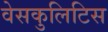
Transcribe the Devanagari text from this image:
वेसकुलिटिस